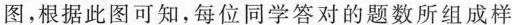
图，根据此图可知，每位同学答对的题数所组成样